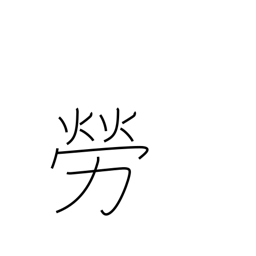
Meaning: thank for